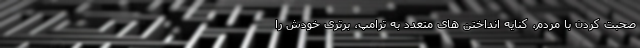
صحبت کردن با مردم، کنایه انداختن های متعدد به ترامپ، برتری خودش را